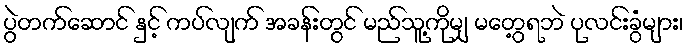
ပွဲတက်ဆောင် နှင့် ကပ်လျက် အခန်းတွင် မည်သူ့ကိုမျှ မတွေ့ရဘဲ ပုလင်းခွံများ၊